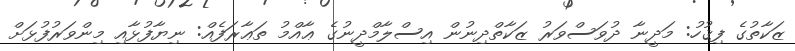
ޒަކާތުގެ ފިޤުހު: މަދީނާ ދުވަސްވަރު ޒަކާތްދިނުން އިސްލާމްދީނުގެ ޢާއްމު ތަޢާރަފެއް: ނިޔާފުޅާއި މިންވަރުފުޅަށް